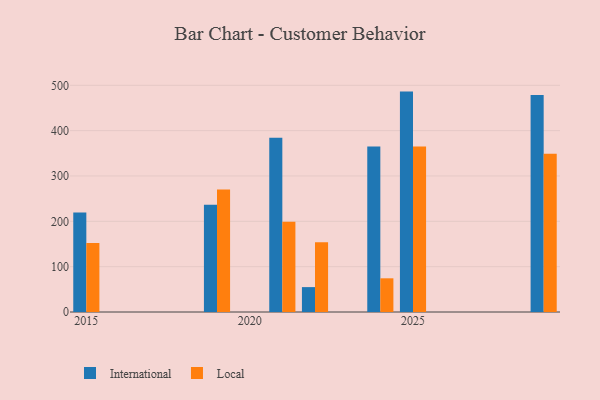
{"axis": {"x": "Year", "y": "Net Income (USD K)"}, "legend": ["International", "Local"], "data": [{"x": "2022", "y": 54.9, "type": "International"}, {"x": "2022", "y": 153.9, "type": "Local"}, {"x": "2021", "y": 384.4, "type": "International"}, {"x": "2021", "y": 199.1, "type": "Local"}, {"x": "2015", "y": 219.6, "type": "International"}, {"x": "2015", "y": 152.3, "type": "Local"}, {"x": "2025", "y": 486.1, "type": "International"}, {"x": "2025", "y": 365.0, "type": "Local"}, {"x": "2019", "y": 236.5, "type": "International"}, {"x": "2019", "y": 270.3, "type": "Local"}, {"x": "2029", "y": 478.4, "type": "International"}, {"x": "2029", "y": 348.8, "type": "Local"}, {"x": "2024", "y": 365.0, "type": "International"}, {"x": "2024", "y": 74.3, "type": "Local"}]}